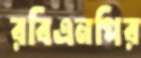
রবিএনপির